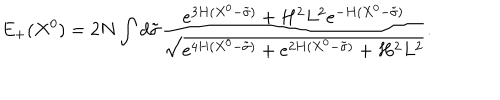
LaTeX: E _ { + } ( X ^ { 0 } ) = 2 N \int d \tilde { \sigma } \frac { e ^ { 3 H ( X ^ { 0 } - \tilde { \sigma } ) } + H ^ { 2 } L ^ { 2 } e ^ { - H ( X ^ { 0 } - \tilde { \sigma } ) } } { \sqrt { e ^ { 4 H ( X ^ { 0 } - \tilde { \sigma } ) } + e ^ { 2 H ( X ^ { 0 } - \tilde { \sigma } ) } + H ^ { 2 } L ^ { 2 } } } .